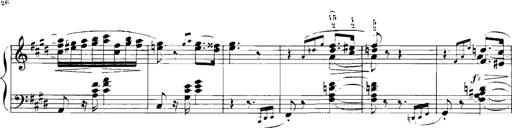
Title: Rhapsodies hongroises
Composer: Franz Liszt